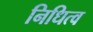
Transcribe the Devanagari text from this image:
निधित्व